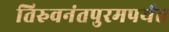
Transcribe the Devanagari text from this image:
तिरुवनंतपुरमपर्यंत